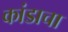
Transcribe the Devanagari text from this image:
कांडाचा